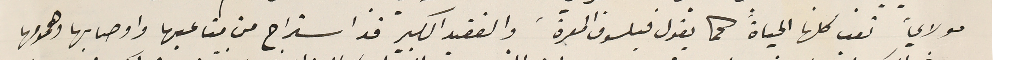
مولاي تعب كلها الحياة كما يقول فيلسوف المعرة، والفقيد الكبير قد استراح من متاعبها واوصابها وهمومها